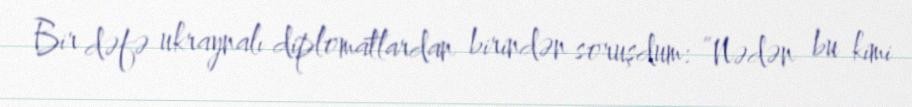
Bir dəfə ukraynalı diplomatlardan birindən soruşdum: ”Nədən bu kimi